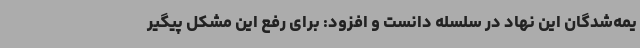
یمه‌شدگان این نهاد در سلسله دانست و افزود: برای رفع این مشکل پیگیر